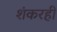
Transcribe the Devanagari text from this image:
शंकरही